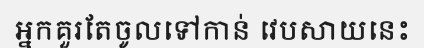
អ្នកគួរតែចូលទៅកាន់ វេបសាយនេះ